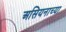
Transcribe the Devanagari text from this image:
असियनाच्या